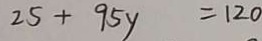
2 5 + 9 5 y = 1 2 0